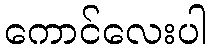
ကောင်လေးပါ